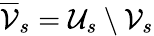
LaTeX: \overline{{\mathcal{V}}}_{s}=\mathcal{U}_{s}\setminus\mathcal{V}_{s}